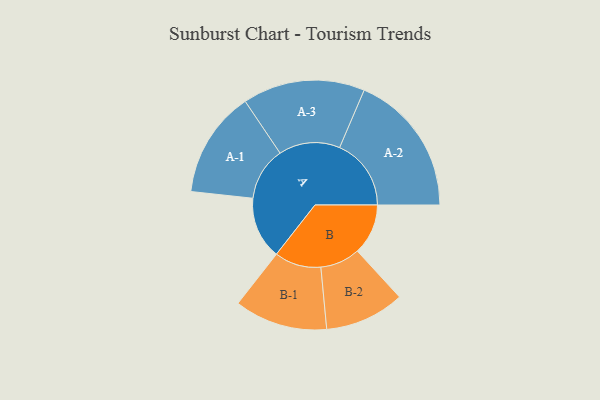
{"axis": {"x": "Segment", "y": "Value"}, "legend": ["", "A", "B"], "data": [{"x": "A", "y": 239, "type": ""}, {"x": "B", "y": 195, "type": ""}, {"x": "A-1", "y": 205, "type": "A"}, {"x": "A-2", "y": 275, "type": "A"}, {"x": "A-3", "y": 235, "type": "A"}, {"x": "B-1", "y": 179, "type": "B"}, {"x": "B-2", "y": 153, "type": "B"}]}